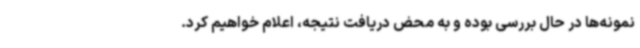
نمونه‌ها در حال بررسی بوده و به محض دریافت نتیجه، اعلام خواهیم کرد.